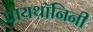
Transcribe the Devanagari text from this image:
पायथॉनिनी